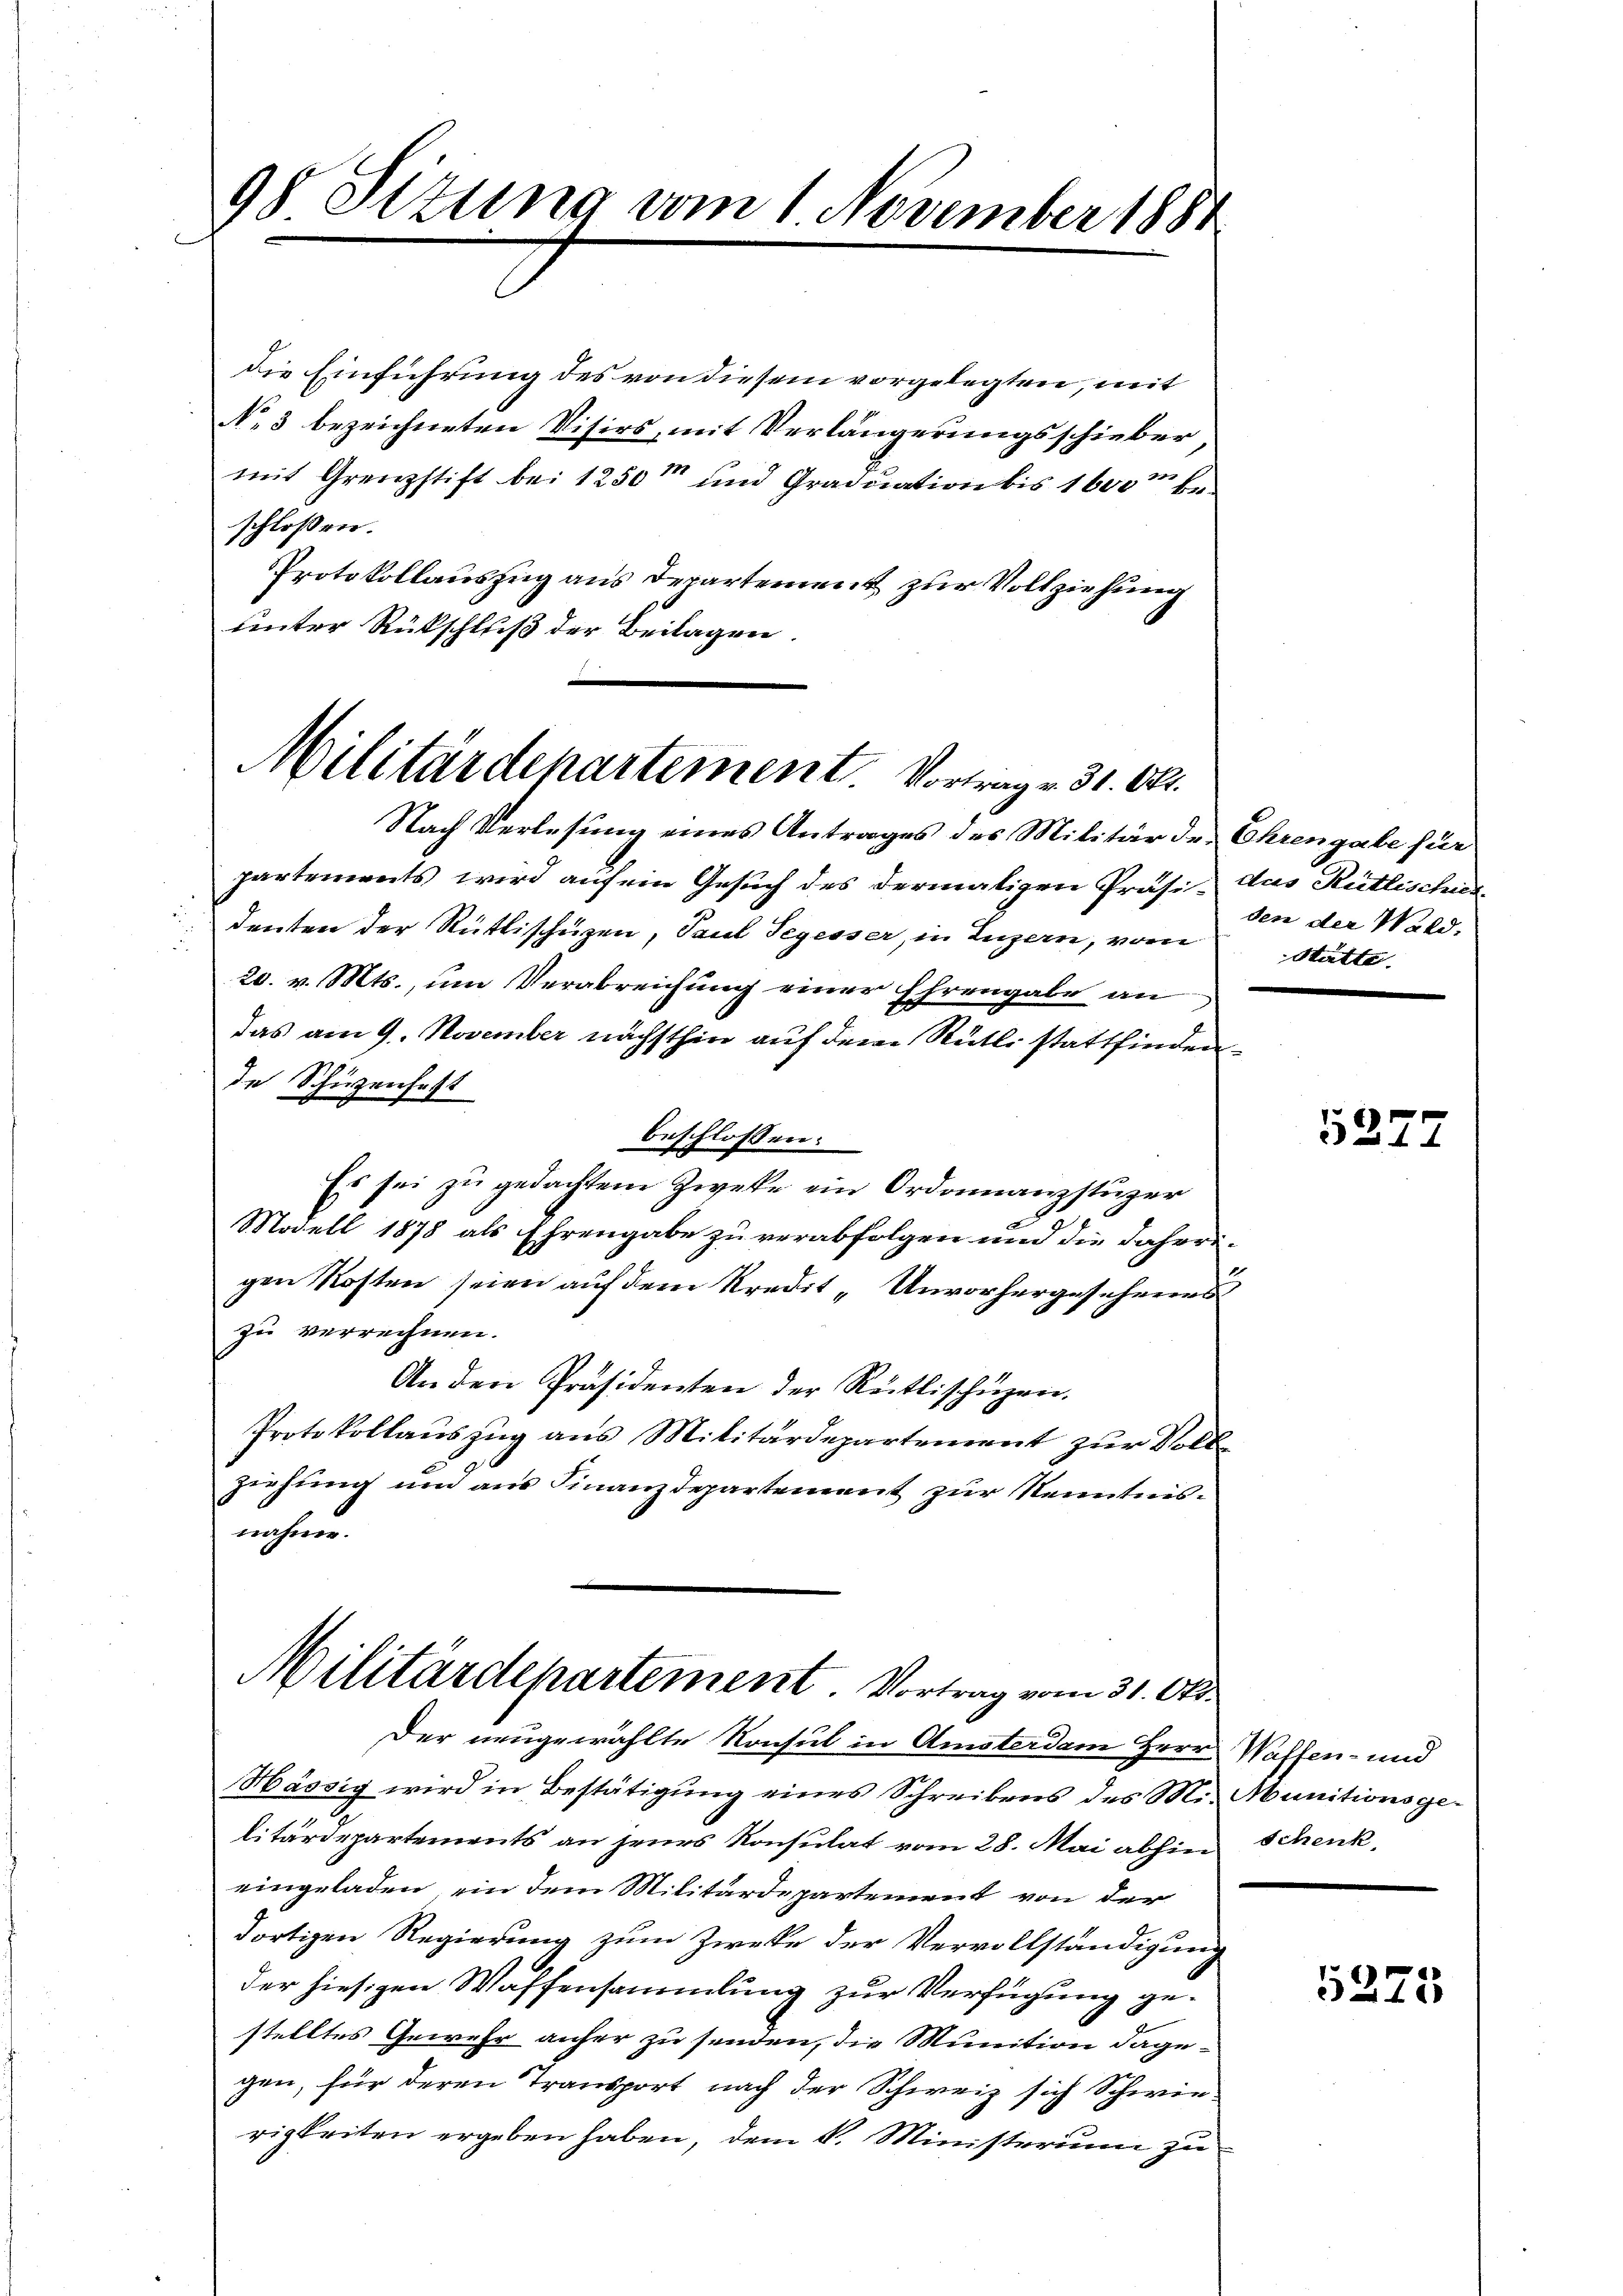
98 Sizung vom 1. November 1881

die Einführung des von diesem vorgelegten, mit
No 3 bezeichneten Visirs, mit Verlängerungsschieber
mit Grenzstift bei 1250 und Graduation bis 1600 beschloßen:
Protokollauszug aus Departement zur Vollziehung
unter Rückschluß der Beilagen.

Militärdepartement. Vortrag v. 31. Okt.

Militärdepartement. Vortrag vom 31. Okt.

Der neugewählte Konsul in Amsterdam Herr Waffen- und
Hässig wird in Bestätigung eines Schreibens des Mit Munitionsgelitärdepartements an jenes Konsulat vom 28. Mai abhin Schenk,
eingeladen, ein dem Militärdepartement von der
dortigen Regierung zum Zwecke der Vervollständigung
der hiesigen Waffensammlung zur Verfügung gestelltes Gewehr anher zu senden, die Munition dagegen, für deren Transport nach der Schweiz sich Schwierigkeiten ergeben haben, dem V. Ministerium zu

Nach Verlesung eines Antrages des Militär der Ehrengabe für
partements wird auf ein Gesuch des dermaligen Präsi- dus Rütlischier
denten der Rüttischüzen, Paul Segesser, in Luzern, vom
20. v. Mts., um Verabreichung einer Ehrengabe an
das am 9. November nächsthin auf dem Rüti stattfinden
de Schwenhaft
beschlossen:
Es sei zu gedachtem Zwecke ein Ordonnanzstüzer
Modell 1878 als Ehrengabe zu verabfolgen und die daheri-
gen Kosten seien auf dem Kredit „Unvorhergesehenes
zu verrechnen.
An den Präsidenten der Rütlischüzen.
Protokollauszug aus Militärdepartement zur Vollziehung und aus Finanzdepartement zur Kenntnisnahme.

den der Wald.
Stätte.

527.

5275